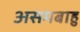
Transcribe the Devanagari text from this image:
असमबाहु